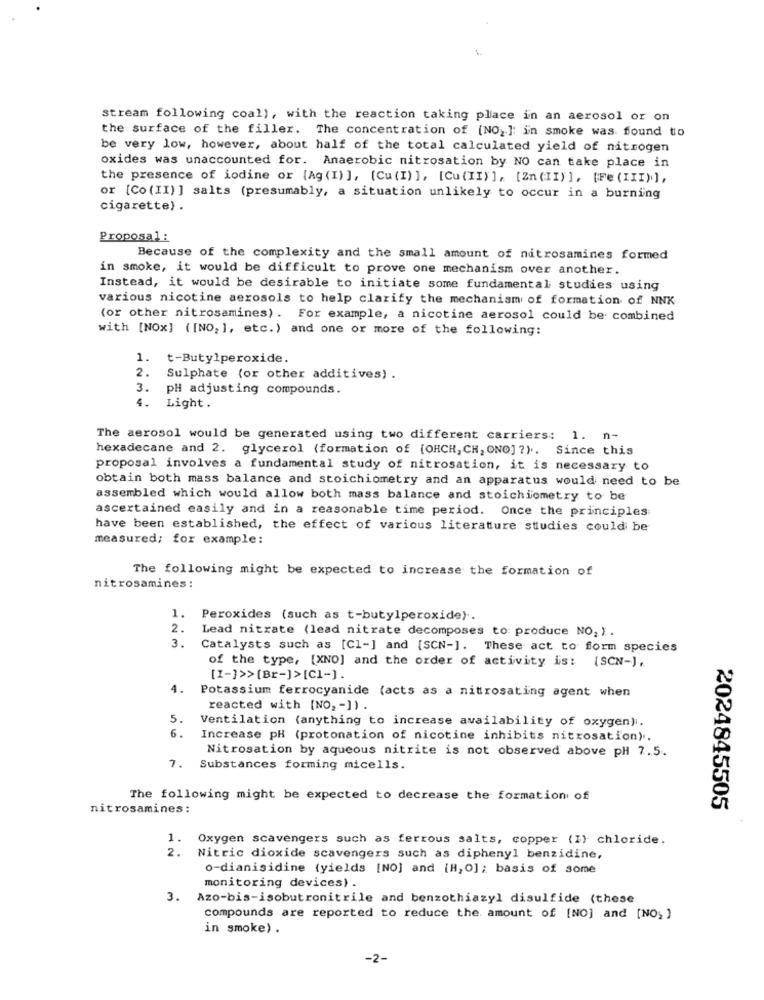
stream following coal), with the reaction taking place in an aerosol or on
the surface of the filler. The concentration of [NO _. ]: in smoke was found to
be very low, however, about half of the total calculated yield of nitrogen
oxides was unaccounted for. Anaerobic nitrosation by NO can take place in
the presence of iodine or [Ag (I) ], [Cu (I) ], [Cu (II) ], [Zn (II) ], [Fe (III)],
or [Co (II) ] salts (presumably, a situation unlikely to occur in a burning
cigarette) .
Proposal:
Because of the complexity and the small amount of nitrosamines formed
in smoke, it would be difficult to prove one mechanism over another.
Instead, it would be desirable to initiate some fundamental studies using
various nicotine aerosols to help clarify the mechanism of formation of NNK
(or other nitrosamines) . For example, a nicotine aerosol could be combined
with [NOx] ([NO; ], etc.) and one or more of the following:
1.
t-Butylperoxide.
2.
Sulphate (or other additives) .
3.
pH adjusting compounds.
4.
Light .
The aerosol would be generated using two different carriers: 1. n-
hexadecane and 2. glycerol (formation of (OHCH, CH, ONO] ?) .. Since this
proposal involves a fundamental study of nitrosation, it is necessary to
obtain both mass balance and stoichiometry and an apparatus would need to be
assembled which would allow both mass balance and stoichiometry to be
ascertained easily and in a reasonable time period. Once the principles
have been established, the effect of various literature studies could be
measured; for example:
The following might be expected to increase the formation of
nitrosamines:
1.
Peroxides (such as t-butylperoxide).
2.
Lead nitrate (lead nitrate decomposes to produce NO, ) .
3.
Catalysts such as [Cl-] and [SCN-]. These act to form species
of the type, [XNO] and the order of activity is: [SCN-),
[1-]>>[Br-]>[C1-].
4. Potassium ferrocyanide (acts as a nitrosating agent when
reacted with [NO2 -]) .
5.
Ventilation (anything to increase availability of oxygen).
6.
Increase pH (protonation of nicotine inhibits nitrosation).
Nitrosation by aqueous nitrite is not observed above pH 7.5.
7.
Substances forming micells.
The following might be expected to decrease the formation of
nitrosamines:
2024845505
1. Oxygen scavengers such as ferrous salts, copper (I) chloride.
2.
Nitric dioxide scavengers such as diphenyl benzidine,
o-dianisidine (yields [NO] and [H, O]; basis of some
monitoring devices) .
3. Azo-bis-isobutronitrile and benzothiazyl disulfide (these
compounds are reported to reduce the amount of [NO] and [NO; )
in smoke) .
-2-